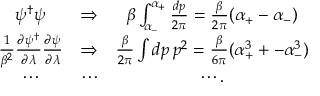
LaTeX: \begin{array} { c c c } { { \psi ^ { \dagger } \psi } } & { { \Rightarrow } } & { { \beta \int _ { \alpha _ { - } } ^ { \alpha _ { + } } { \frac { d p } { 2 \pi } } = { \frac { \beta } { 2 \pi } } ( \alpha _ { + } - \alpha _ { - } ) } } \\ { { { \frac { 1 } { \beta ^ { 2 } } } { \frac { \partial \psi ^ { \dagger } } { \partial \lambda } } { \frac { \partial \psi } { \partial \lambda } } } } & { { \Rightarrow } } & { { { \frac { \beta } { 2 \pi } } \int d p \, p ^ { 2 } = { \frac { \beta } { 6 \pi } } ( \alpha _ { + } ^ { 3 } + - \alpha _ { - } ^ { 3 } ) } } \\ { { \cdots } } & { { \cdots } } & { { \cdots . } } \end{array}